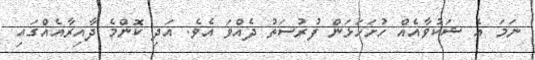
ނަމަ އެ ޝަކުވާއެއް ހުށަހަޅަން ފުރުސަތު ދެއްވަ އެވެ. އަދި ކޮންމެ ދާއިރާއެއްގައި